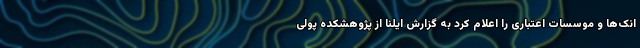
انک‌ها و موسسات اعتباری را اعلام کرد به گزارش ایلنا از پژوهشکده پولی